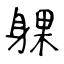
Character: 躶